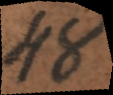
48